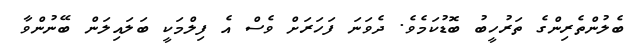
ބެލުންތެރިންގެ ތަރުހީބު ބޮޑުކަމެވެ. ދެވަނަ ފަހަރަށް ވެސް އެ ފިލްމަކީ ބަލައިލަން ބޭނުންވާ